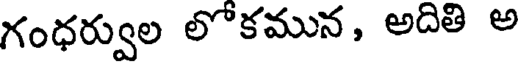
గంధర్వుల లోకమున, అదితి అ